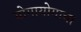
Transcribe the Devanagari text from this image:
योगायोगाचा